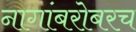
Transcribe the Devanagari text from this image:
नागांबरोबरच